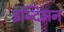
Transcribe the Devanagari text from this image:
इन्दिअन